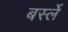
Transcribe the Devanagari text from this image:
बर्स्ले